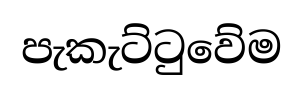
පැකැට්ටුවේම